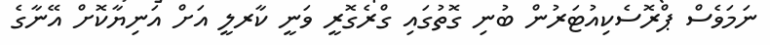
ނަމަވެސް ޕްރޮސެކިއުޓަރުން ބުނި ގޮތުގައި ގްރެގޮރީ ވަނީ ކާރލީ އަށް އަނިޔާކޮށް އޭނާގެ